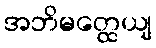
အဘိမတ္ထေယျ